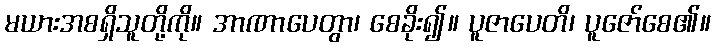
မယားအစရှိသူတို့ကို။ အာဏာပေတွာ၊ စေခိုး၍။ ပူဇာပေတိ၊ ပူဇော်စေ၏။